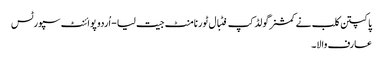
پاکپتن کلب نے کمشنرگولڈ کپ فٹبال ٹورنامنٹ جیت لیا - اُردو پوائنٹ سپورٹس
عارف والا۔